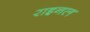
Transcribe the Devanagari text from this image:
राइनल